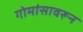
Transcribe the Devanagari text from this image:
गोमांसावरून